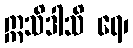
ဣသိဒါသိ ရေ၊